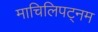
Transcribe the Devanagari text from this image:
माचिलिपट्नम